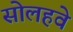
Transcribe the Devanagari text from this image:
सोलहवे